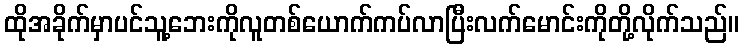
ထိုအခိုက်မှာပင်သူ့ဘေးကိုလူတစ်ယောက်ကပ်လာပြီးလက်မောင်းကိုတို့လိုက်သည်။